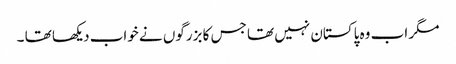
مگر اب وہ پاکستان نہیں تھا جس کا بزرگوں نے خواب دیکھا تھا ۔